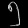
Digit: ၅